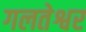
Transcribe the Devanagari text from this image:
गलतेश्वर